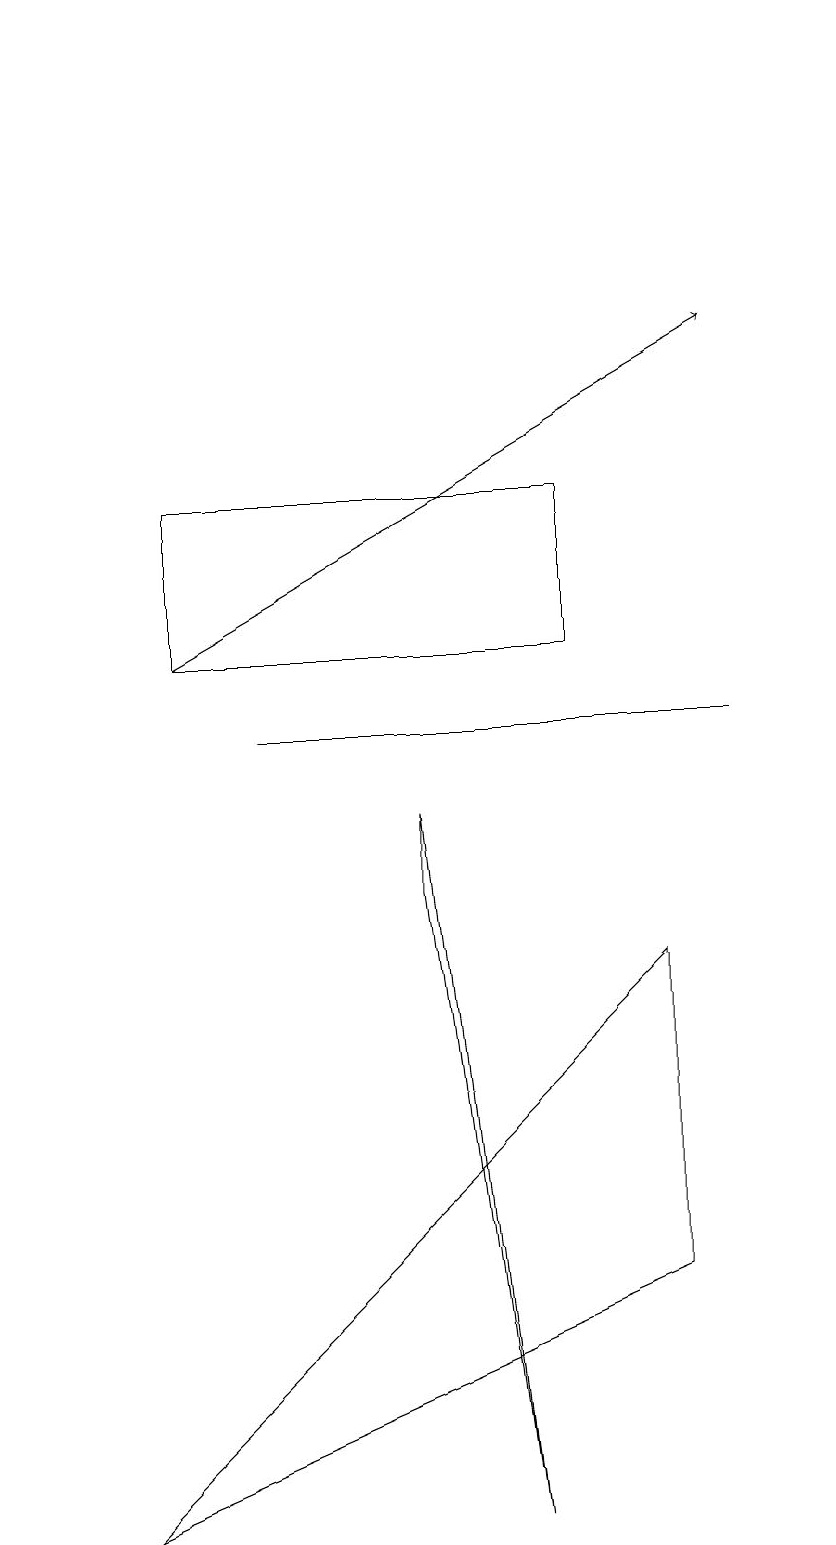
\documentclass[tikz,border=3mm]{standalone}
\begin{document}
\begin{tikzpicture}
\draw (2,11) rectangle (7,13);
\draw (0,18) rectangle (0,19);
\draw (9,10) rectangle (3,10);
\draw (5,8) -- (5,9) -- (6,0) -- cycle;
\draw[->] (2,11) -- (9,15);
\draw (8,3) -- (1,0) -- (8,7) -- cycle;
\draw (10,11) circle (0);
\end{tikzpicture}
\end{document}